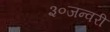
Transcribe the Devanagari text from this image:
३०जन्वरी